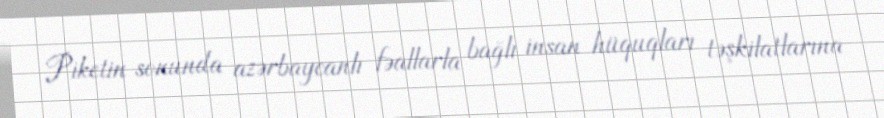
Piketin sonunda azərbaycanlı fəallarla bağlı insan hüquqları təşkilatlarına